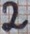
Text: 2